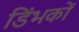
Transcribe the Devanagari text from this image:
डिंभकों